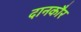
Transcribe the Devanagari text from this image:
दानकौर